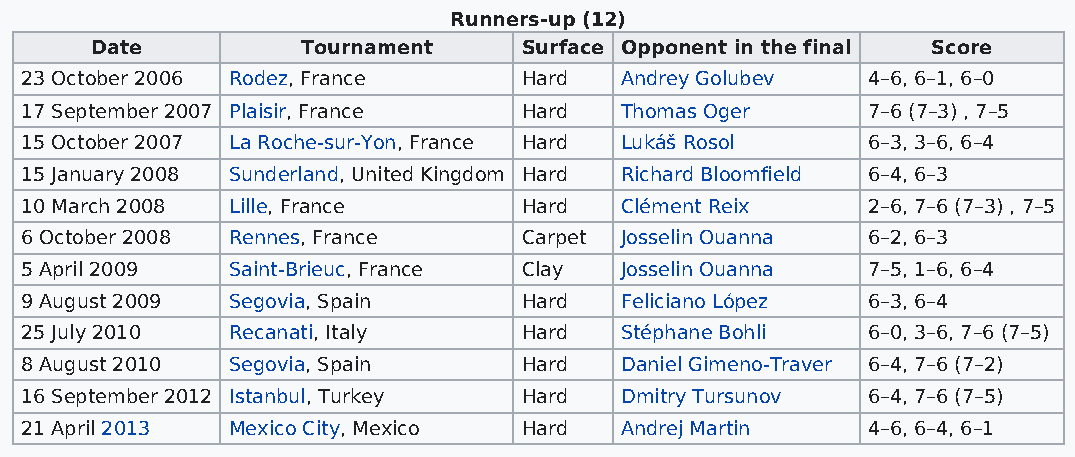
Runners-up (12)
 Date          Tournament     Surface Opponent in the final Score
 23 October 2006 Rodez, France     Hard  Andrey Golubev  4–6, 6–1, 6–0
 17 September 2007 Plaisir, France Hard  Thomas Oger     7–6 (7–3) , 7–5
 15 October 2007 La Roche-sur-Yon, France Hard Lukáš Rosol 6–3, 3–6, 6–4
 15 January 2008 Sunderland, United Kingdom Hard Richard Bloomfield 6–4, 6–3
 10 March 2008 Lille, France       Hard  Clément Reix    2–6, 7–6 (7–3) , 7–5
 6 October 2008 Rennes, France     Carpet Josselin Ouanna 6–2, 6–3
 5 April 2009  Saint-Brieuc, France Clay Josselin Ouanna 7–5, 1–6, 6–4
 9 August 2009 Segovia, Spain      Hard  Feliciano López 6–3, 6–4
 25 July 2010  Recanati, Italy     Hard  Stéphane Bohli  6–0, 3–6, 7–6 (7–5)
 8 August 2010 Segovia, Spain      Hard  Daniel Gimeno-Traver 6–4, 7–6 (7–2)
 16 September 2012 Istanbul, Turkey Hard Dmitry Tursunov 6–4, 7–6 (7–5)
 21 April 2013 Mexico City, Mexico Hard  Andrej Martin   4–6, 6–4, 6–1